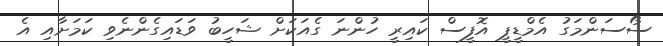
ސޯސަންމަގު އެމްޑީޕީ އޮފީސް ކައިރީ ހުންނަ ގެއަކަށް ޝަހީބު ވަޑައިގެންނެވި ކަމަށާއި އެ